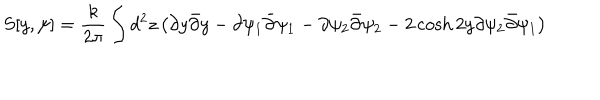
S [ y , \psi ] = \frac { k } { 2 \pi } \int d ^ { 2 } z \left( \partial y \bar { \partial } y - \partial \psi _ { 1 } \bar { \partial } \psi _ { 1 } - \partial \psi _ { 2 } \bar { \partial } \psi _ { 2 } - 2 \cosh { 2 y } \partial \psi _ { 2 } \bar { \partial } \psi _ { 1 } \right)